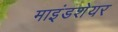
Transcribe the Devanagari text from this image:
माइंडशेयर